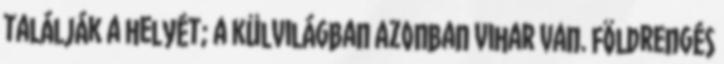
találják a helyét; a külvilágban azonban vihar van. földrengés